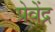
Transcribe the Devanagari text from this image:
प्रेवेंद्र